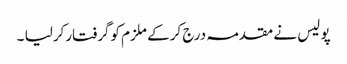
پو لیس نے مقدمہ درج کرکے ملزم کوگرفتارکرلیا ۔